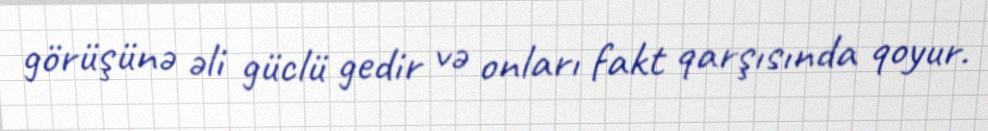
görüşünə əli güclü gedir və onları fakt qarşısında qoyur.